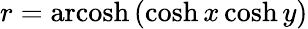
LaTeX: r=\operatorname{arcosh}\, (\cosh x\cosh y)